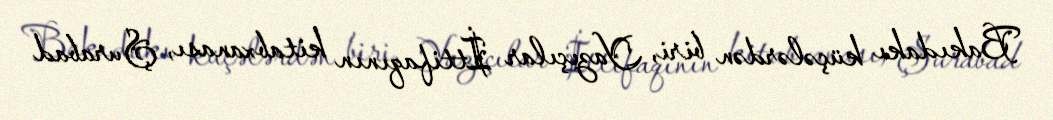
Bakıdakı küçələrdən biri, Yazıçılar İttifaqının kitabxanası, Şurabad